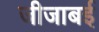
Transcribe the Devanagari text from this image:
जीजाबई